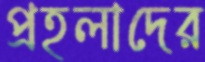
প্রহলাদের